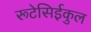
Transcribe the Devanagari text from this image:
रूटेसिईकुल